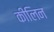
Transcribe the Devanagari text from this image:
कीलिन